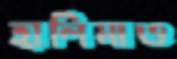
হালিমাও